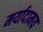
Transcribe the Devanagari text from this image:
मर्यादामय